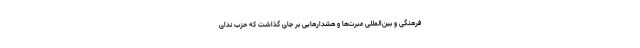
فرهنگی و بین‌المللی عبرت‌ها و هشدارهایی بر جای گذاشت که حزب ندای